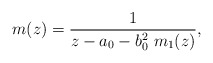
\begin{align*}m(z)=\frac1{z-a_0-b_0^2\ m_1(z)},\end{align*}